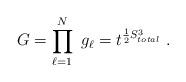
LaTeX: \begin{align*}G=\prod^{N}_{\ell =1}\ g_{\ell}=t^{\frac{1}{2}S^3_{total}}\ .\end{align*}